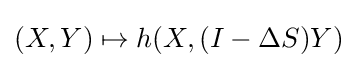
(X,Y)\mapsto h(X,(I-\Delta S)Y)